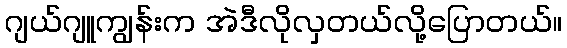
ဂျယ်ဂျူကျွန်းက အဲဒီလိုလှတယ်လို့ပြောတယ်။